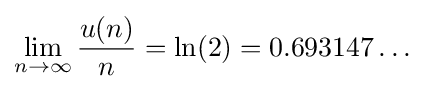
\lim _{n\rightarrow \infty }{\frac {u(n)}{n}}=\ln(2)=0.693147\dots